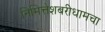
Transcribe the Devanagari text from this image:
निमित्तेशबरीधामचा